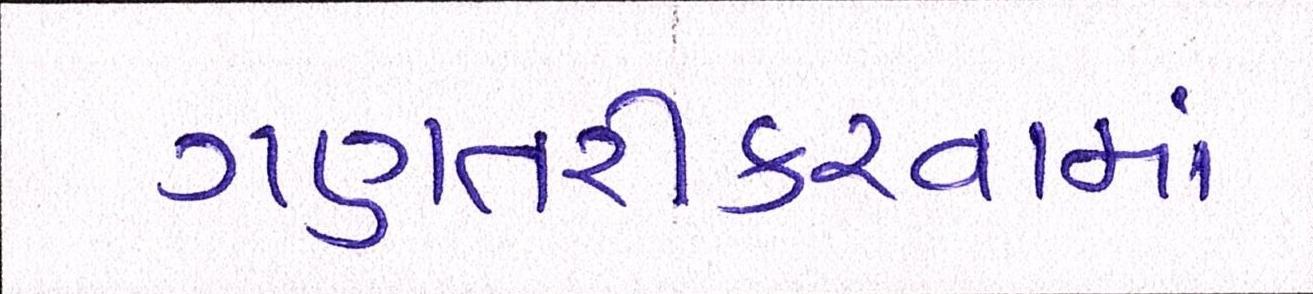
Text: ગણતરીકરવામાં